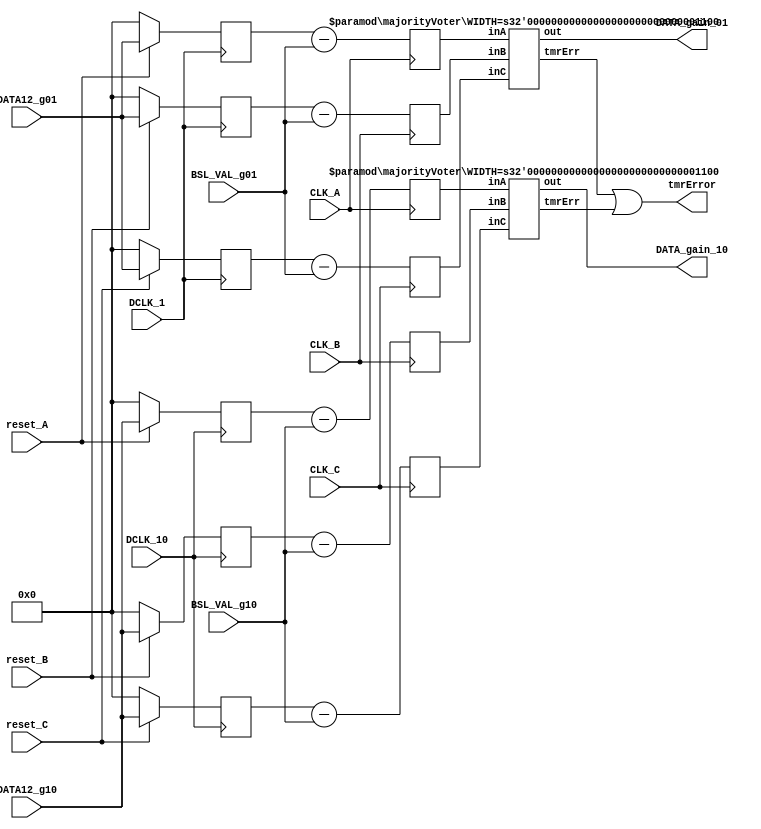
// *************************************************************************************************
//                              -*- Mode: Verilog -*-
//	Module:	Baseline subtraction
//	
//	Input:	- DCLK_1: ADC gain_1 clock
//			- DCLK_10: ADC gain_10 clock
//			- CLK: LiTe-DTU clock
//			- reset_A,reset_B, reset_C : 1'b0 LiTe-DTU INACTIVE- 1'b1: LiTe-DTU ACTIVE
//			- DATA12_g01: 12 bit from channel_gain_1
//			- DATA12_g10: 12 bit from channel_gain_10
//			- BSL_VAL_g01: baseline value channel_gain_1
//			- BSL_VAL_g10: baseline value channel_gain_10
//
//	Output:	- DATA_gain_01: 12 bit from channel_gain_1 (beseline subtracted)
//			- DATA_gain_10: 12 bit from channel_gain_10 (beseline subtracted)
//
// *************************************************************************************************

`timescale   1ns/1ps

module LDTU_BSTMR(
	DCLK_1,
	DCLK_10,
	CLK_A, CLK_B, CLK_C,
	reset_A,
	reset_B,
	reset_C,
	DATA12_g01,
	DATA12_g10,
	BSL_VAL_g01,
	BSL_VAL_g10,
	DATA_gain_01,
	DATA_gain_10,
	tmrError
	);



	parameter    Nbits_12 = 12;
	parameter    Nbits_8 = 8;

	input DCLK_1;
	input DCLK_10;
	input CLK_A;
	input CLK_B;
	input CLK_C;
	input reset_A;
	input reset_B;
	input reset_C;
	input [Nbits_12-1:0] DATA12_g01;
	input [Nbits_12-1:0] DATA12_g10;
	input [Nbits_8-1:0] BSL_VAL_g01;
	input [Nbits_8-1:0] BSL_VAL_g10;
	output [Nbits_12-1:0] DATA_gain_01;
	output [Nbits_12-1:0] DATA_gain_10;
	output tmrError;

	wire [Nbits_12-1:0] b_val_g01;
	wire [Nbits_12-1:0] b_val_g10;
	wire dg01_TmrError;
	wire dg10_TmrError;

	reg	[Nbits_12-1:0] d_g01_A;
	reg	[Nbits_12-1:0] d_g01_B;
	reg	[Nbits_12-1:0] d_g01_C;
	reg	[Nbits_12-1:0] d_g10_A;
	reg	[Nbits_12-1:0] d_g10_B;
	reg	[Nbits_12-1:0] d_g10_C;

	wire [Nbits_12-1:0] DATA_g_01_A;
	wire [Nbits_12-1:0] DATA_g_10_A;
	wire [Nbits_12-1:0] DATA_g_01_B;
	wire [Nbits_12-1:0] DATA_g_10_B;
	wire [Nbits_12-1:0] DATA_g_01_C;
	wire [Nbits_12-1:0] DATA_g_10_C;

	reg [Nbits_12-1:0] dg01_A;
	reg [Nbits_12-1:0] dg10_A;
	reg [Nbits_12-1:0] dg01_B;
	reg [Nbits_12-1:0] dg10_B;
	reg [Nbits_12-1:0] dg01_C;
	reg [Nbits_12-1:0] dg10_C;


	assign b_val_g01 =  {4'b0,BSL_VAL_g01};
	assign b_val_g10 =  {4'b0,BSL_VAL_g10};

	assign DATA_g_01_A = d_g01_A-b_val_g01;
	assign DATA_g_10_A = d_g10_A-b_val_g10;
	assign DATA_g_01_B = d_g01_B-b_val_g01;
	assign DATA_g_10_B = d_g10_B-b_val_g10;
	assign DATA_g_01_C = d_g01_C-b_val_g01;
	assign DATA_g_10_C = d_g10_C-b_val_g10;


	always @ (posedge DCLK_1) begin
		if (reset_A == 1'b0) d_g01_A <= 12'b0;
		else d_g01_A <= DATA12_g01;
	end
	always @ (posedge DCLK_1) begin
		if (reset_B == 1'b0) d_g01_B <= 12'b0;
		else d_g01_B <= DATA12_g01;
	end
	always @ (posedge DCLK_1) begin
		if (reset_C == 1'b0) d_g01_C <= 12'b0;
		else d_g01_C <= DATA12_g01;
	end



	always @ (posedge DCLK_10) begin
		if (reset_A == 1'b0) d_g10_A <= 12'b0;
		else d_g10_A <= DATA12_g10;
	end
	always @ (posedge DCLK_10) begin
		if (reset_B == 1'b0) d_g10_B <= 12'b0;
		else d_g10_B <= DATA12_g10;
	end
	always @ (posedge DCLK_10) begin
		if (reset_C == 1'b0) d_g10_C <= 12'b0;
		else d_g10_C <= DATA12_g10;
	end



	always @ (posedge CLK_A) begin
		dg01_A <= DATA_g_01_A;
		dg10_A <= DATA_g_10_A;
	end
	always @ (posedge CLK_B) begin
		dg01_B <= DATA_g_01_B;
		dg10_B <= DATA_g_10_B;
	end
	always @ (posedge CLK_C) begin
		dg01_C <= DATA_g_01_C;
		dg10_C <= DATA_g_10_C;
	end


	majorityVoter #(.WIDTH(((Nbits_12-1)>(0)) ? ((Nbits_12-1)-(0)+1) : ((0)-(Nbits_12-1)+1))) d_g01_Voter (
		.inA(dg01_A),
		.inB(dg01_B),
		.inC(dg01_C),
		.out(DATA_gain_01),
		.tmrErr(dg01_TmrError)
		);

	majorityVoter #(.WIDTH(((Nbits_12-1)>(0)) ? ((Nbits_12-1)-(0)+1) : ((0)-(Nbits_12-1)+1))) d_g10_Voter (
		.inA(dg10_A),
		.inB(dg10_B),
		.inC(dg10_C),
		.out(DATA_gain_10),
		.tmrErr(dg10_TmrError)
		);

	assign tmrError = dg01_TmrError | dg10_TmrError;

endmodule

	module majorityVoter (inA, inB, inC, out, tmrErr);
		parameter WIDTH = 1;
		input	 [(WIDTH-1):0]	 inA, inB, inC;
		output	[(WIDTH-1):0]	 out;
		output	tmrErr;
		reg	tmrErr;
		assign out = (inA&inB) | (inA&inC) | (inB&inC);
		always @(inA or inB or inC) begin
			if (inA!=inB || inA!=inC || inB!=inC)
				tmrErr = 1'b1;
			else
				tmrErr = 1'b0;
		end
	endmodule

	module fanout (in, outA, outB, outC);
		parameter WIDTH = 1;
		input	 [(WIDTH-1):0]	 in;
		output	[(WIDTH-1):0]	 outA,outB,outC;
		assign outA=in;
		assign outB=in;
		assign outC=in;
	endmodule